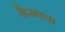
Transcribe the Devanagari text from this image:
कैराकस